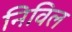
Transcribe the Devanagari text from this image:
निविल